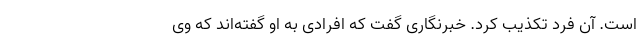
است. آن فرد تکذیب کرد. خبرنگاری گفت که افرادی به او گفته‌اند که وی